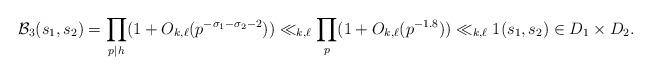
LaTeX: \begin{align*} \mathcal{B}_3(s_1,s_2) = \prod_{p \mid h} (1+O_{k,\ell}(p^{-\sigma_1-\sigma_2 -2})) \ll_{k,\ell} \prod_{p} (1 + O_{k,\ell}(p^{-1.8})) \ll_{k,\ell} 1 (s_1,s_2) \in D_1 \times D_2. \end{align*}